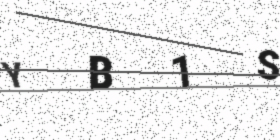
Text: YB1S